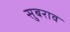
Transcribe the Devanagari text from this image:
सुबराव